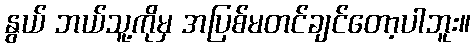
နွယ် ဘယ်သူ့ကိုမှ အပြစ်မတင်ချင်တော့ပါဘူး။